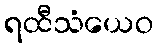
ရထီသံယေဝ